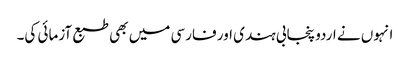
انہوں نے اردو پنجابی ہندی اور فارسی میں بھی طبع آزمائی کی۔